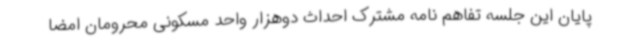
پایان این جلسه تفاهم نامه مشترک احداث دوهزار واحد مسکونی محرومان امضا